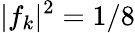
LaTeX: |f_{k}|^{2}=1/8